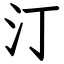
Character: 汀